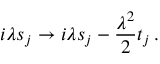
i \lambda s _ { j } \to i \lambda s _ { j } - \frac { \lambda ^ { 2 } } { 2 } t _ { j } \, .